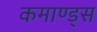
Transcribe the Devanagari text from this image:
कमाण्ड्स